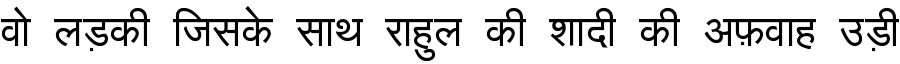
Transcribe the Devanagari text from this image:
वो लड़की जिसके साथ राहुल की शादी की अफ़वाह उड़ी